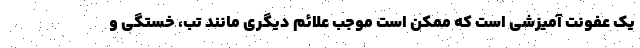
یک عفونت آمیزشی است که ممکن است موجب علائم دیگری مانند تب، خستگی و